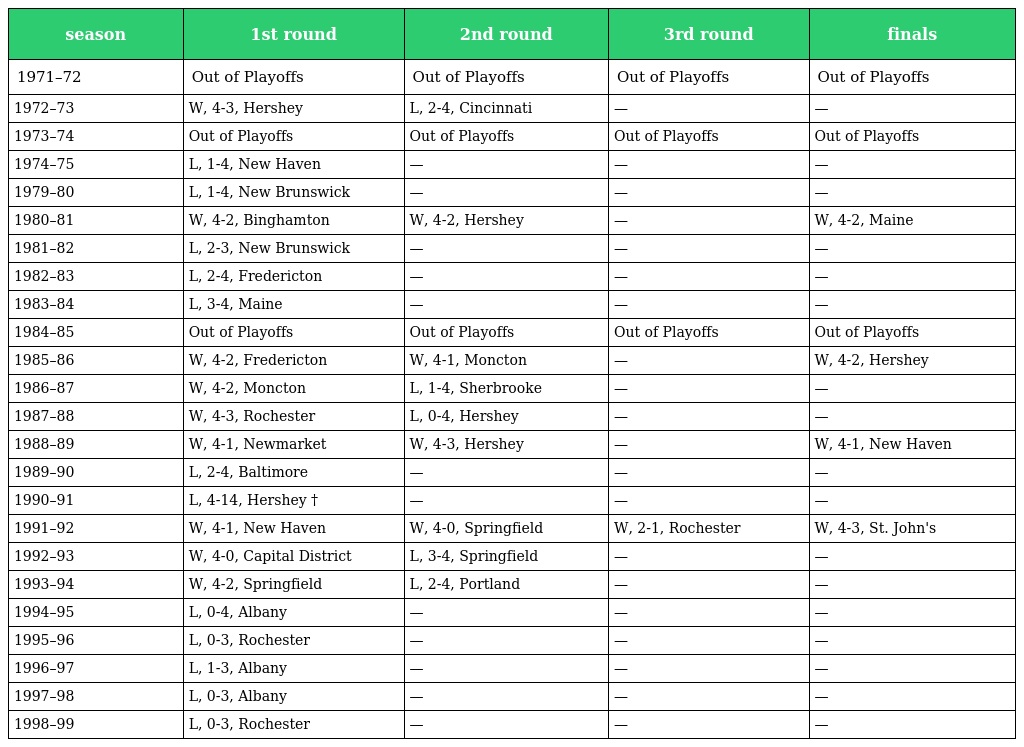
| season | 1st round | 2nd round | 3rd round | finals |
 | --- | --- | --- | --- | --- |
 | 1971–72 | Out of Playoffs | Out of Playoffs | Out of Playoffs | Out of Playoffs |
 | 1972–73 | W, 4-3, Hershey | L, 2-4, Cincinnati | — | — |
 | 1973–74 | Out of Playoffs | Out of Playoffs | Out of Playoffs | Out of Playoffs |
 | 1974–75 | L, 1-4, New Haven | — | — | — |
 | 1979–80 | L, 1-4, New Brunswick | — | — | — |
 | 1980–81 | W, 4-2, Binghamton | W, 4-2, Hershey | — | W, 4-2, Maine |
 | 1981–82 | L, 2-3, New Brunswick | — | — | — |
 | 1982–83 | L, 2-4, Fredericton | — | — | — |
 | 1983–84 | L, 3-4, Maine | — | — | — |
 | 1984–85 | Out of Playoffs | Out of Playoffs | Out of Playoffs | Out of Playoffs |
 | 1985–86 | W, 4-2, Fredericton | W, 4-1, Moncton | — | W, 4-2, Hershey |
 | 1986–87 | W, 4-2, Moncton | L, 1-4, Sherbrooke | — | — |
 | 1987–88 | W, 4-3, Rochester | L, 0-4, Hershey | — | — |
 | 1988–89 | W, 4-1, Newmarket | W, 4-3, Hershey | — | W, 4-1, New Haven |
 | 1989–90 | L, 2-4, Baltimore | — | — | — |
 | 1990–91 | L, 4-14, Hershey † | — | — | — |
 | 1991–92 | W, 4-1, New Haven | W, 4-0, Springfield | W, 2-1, Rochester | W, 4-3, St. John's |
 | 1992–93 | W, 4-0, Capital District | L, 3-4, Springfield | — | — |
 | 1993–94 | W, 4-2, Springfield | L, 2-4, Portland | — | — |
 | 1994–95 | L, 0-4, Albany | — | — | — |
 | 1995–96 | L, 0-3, Rochester | — | — | — |
 | 1996–97 | L, 1-3, Albany | — | — | — |
 | 1997–98 | L, 0-3, Albany | — | — | — |
 | 1998–99 | L, 0-3, Rochester | — | — | — |